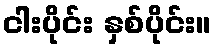
ငါးပိုင်း နှစ်ပိုင်း။